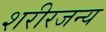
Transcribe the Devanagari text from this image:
शरीरजन्य